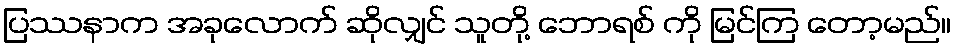
ပြဿနာက အခုလောက် ဆိုလျှင် သူတို့ ဘောရစ် ကို မြင်ကြ တော့မည်။